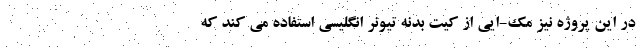
در این پروژه نیز مک-ایی از کیت بدنه تیونر انگلیسی استفاده می کند که